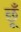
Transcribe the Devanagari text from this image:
छूँ